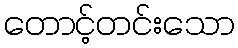
တောင့်တင်းသော